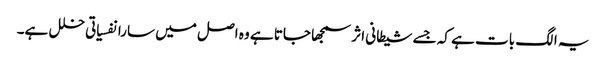
یہ الگ بات ہے کہ جسے شیطانی اثر سمجھا جاتا ہے وہ اصل میں سارا نفسیاتی خلل ہے۔